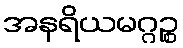
အနရိယမဂ္ဂဉ္စ